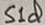
Text: S1d